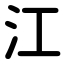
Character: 江